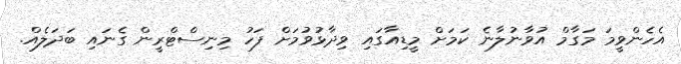
އެހެންވީމަ މަގާމް އުވާނުލާނެ ކަމަށް މީޑިއާގައި ވިދާޅުވުމަށް ފަހު މިނިސްޓްރީން ގެނައި ބަދަލެއް.